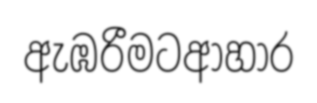
ඇඹරීමටආහාර